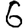
Digit: 6